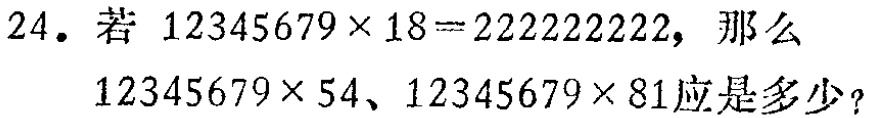
24. 若 \(12345679\times18 = 222222222\)，那么 \(12345679\times54\)、\(12345679\times81\)应是多少？